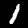
Digit: 1